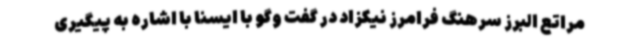
مراتع البرز سرهنگ فرامرز نیکزاد در گفت وگو با ایسنا با اشاره به پیگیری